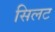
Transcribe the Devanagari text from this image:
सिलट